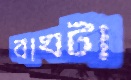
বাঘটা